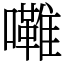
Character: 𱕦